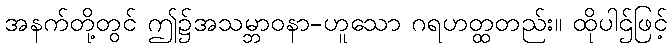
အနက်တို့တွင် ဤ၌အသမ္ဘာဝနာ-ဟူသော ဂရဟတ္ထတည်း။ ထိုပါဌ်ဖြင့်